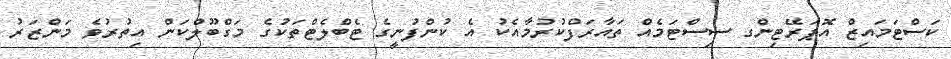
ކަސްޓަމައިޒް އޮޕަރޭޓިންގ ސިސްޓަމެއް ތައާރަފްކުރުމާއެކު އެ ކުންފުނީގެ ޓެބްލެޓްތަކުގެ މަގްބޫލްކަން އިތުރުވެ މަންޒަރު